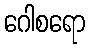
ဂေါစရော